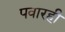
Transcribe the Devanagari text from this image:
पवारही